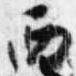
西